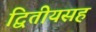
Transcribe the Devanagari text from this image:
द्वितीयसह